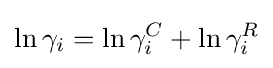
\ln \gamma _{i}=\ln \gamma _{i}^{C}+\ln \gamma _{i}^{R}